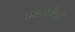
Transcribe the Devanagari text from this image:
कलावंला